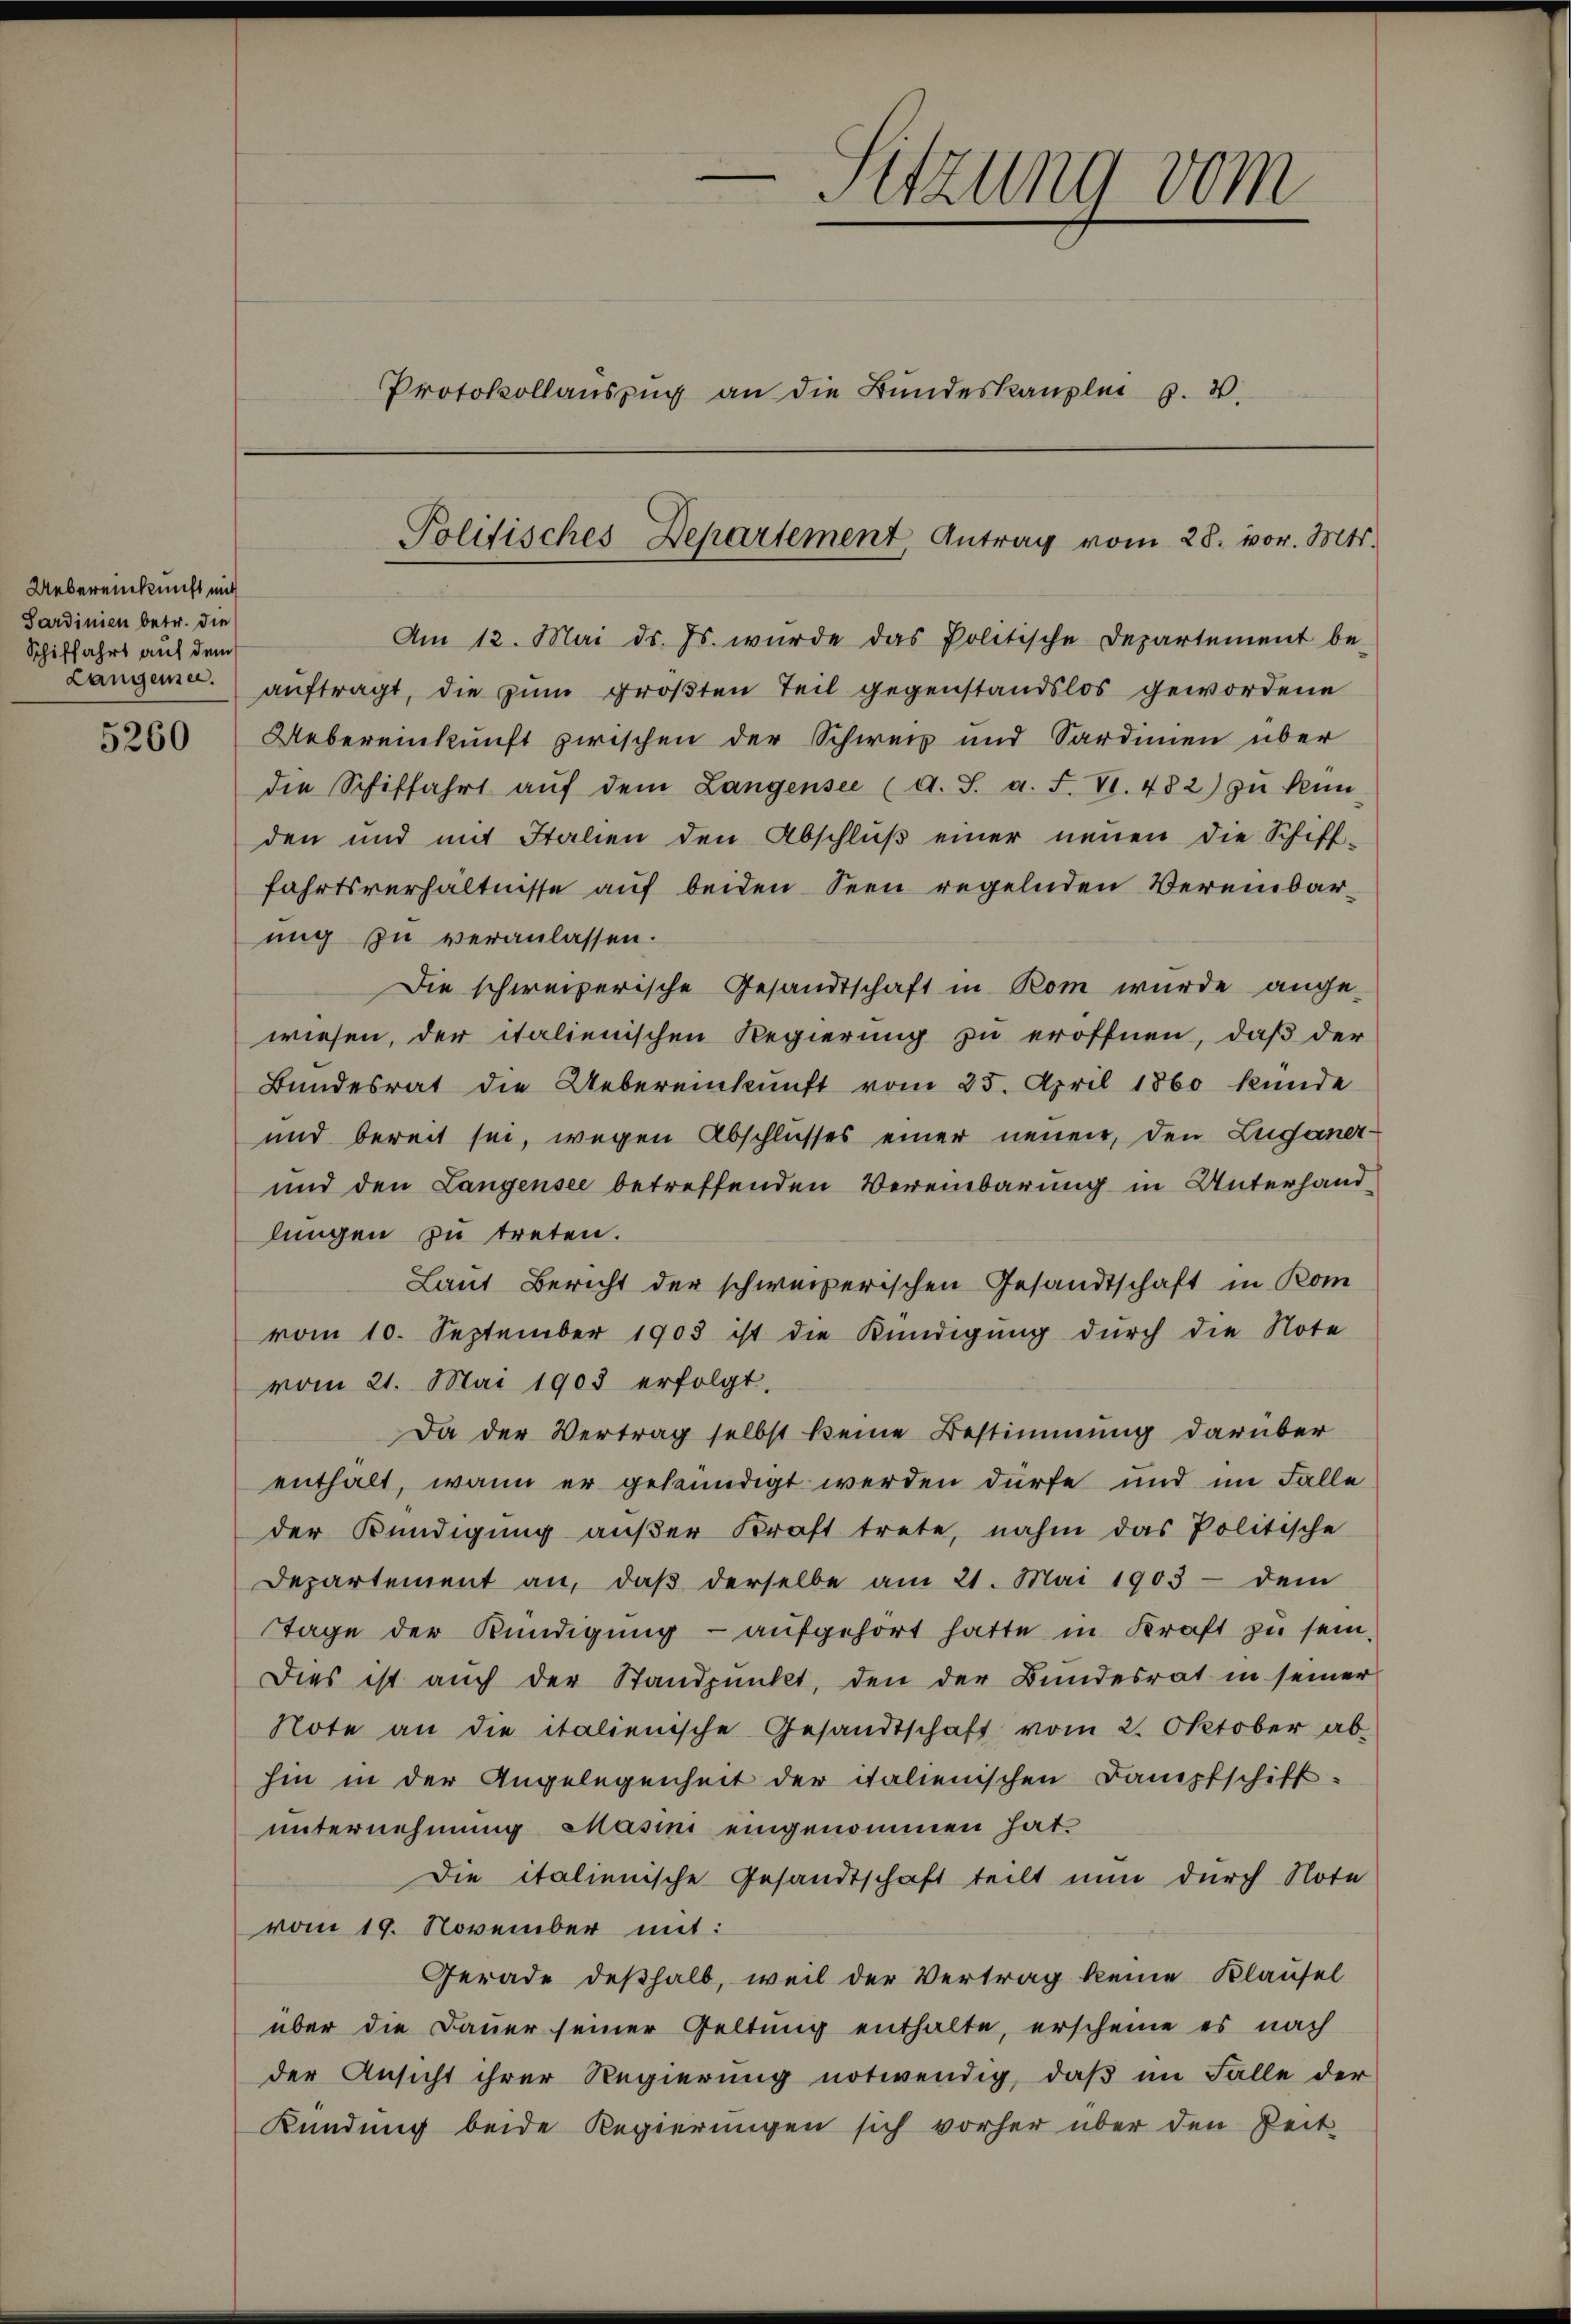
Uebereinkunft mit
Sardinien betr. die
Schiffahrt auf dem
Langensee.

Am 12. Mai d. Js. wurde das Politische Departement be-
aŭftragt, die zum größten Teil gegenstandslos gewordene
5260 Uebereinkunft zwischen der Schweiz und Sardinien über
die Schiffahrt aŭf dem Langensee (d. J. a. F. VI. 482) zŭ kün-
den und mit Italien den Abschlŭβ einer neŭen die Schiff-
fahrtsverhältnisse aŭf beiden Seen regelnden Vereinbar-
ung zu veranlassen.
Die schweizerische Gesandtschaft in Rom wurde ange-
wiesen, der italienischen Regierung zu eröffnen, daß der
Bundesrat die Uebereinkunft vom 25. April 1860 kunde
und bereit sei, wegen Abschlusses einer neuen, den Luganer¬
und den Langensee betreffenden Vereinbarung in Unterhandlungen zu treten.
Laut Bericht der schweizerischen Gesandtschaft in Kom
vom 10. September 1903 ist die Kündigung durch die Note
vom 21. Mai 1903 erfolgt.
Da der Vertrag selbst keine Bestimmung darüber
enthalt, wann er gekündigt werden dürfe und im Falle
der Kündigung aŭβer Kraft trete, nahm das Politische
Departement an, daβ derselbe am 21. Mai 1903 - dem
Tage der Kündigung - aufgehört hatte in Kraft zu sein.
Dies ist auch der Standpunkt, den der Bundesrat in seiner
Note an die italienische Gesandtschaft vom 2. Oktober ab-
hin in der Angelegenheit der italienischen Dampfschiftunternehmung Masini eingenommen hat.
Die italienische Gesandtschaft teilt nun durch Note
vom 19. November mit:
Gerade deßhalb, weil der Vertrag keine Klausel
über die Dauer seiner Geltung enthalte, erscheine es nach
der Ansicht ihrer Regierung notwendig, daβ im Falle der
Kündung beide Regierungen sich vorher über den Zeit-

Sitzung vom
Protokollauszug an die Bundeskanzlei z. W.

Politisches Departement Antrag vom 28. vor. Mts.